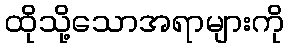
ထိုသို့သောအရာများကို